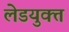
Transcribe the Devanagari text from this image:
लेडयुक्त